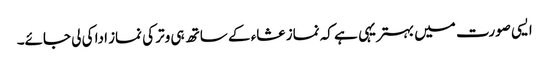
ایسی صورت میں بہتریہی ہے کہ نماز عشاء کے ساتھ ہی وتر کی نماز ادا کی لی جائے۔